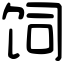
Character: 饲